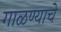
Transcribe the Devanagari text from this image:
गाळण्याचे